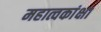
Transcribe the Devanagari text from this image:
महात्वकांक्षा